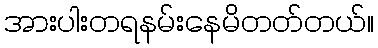
အားပါးတရနမ်းနေမိတတ်တယ်။